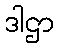
ဒါဌာ